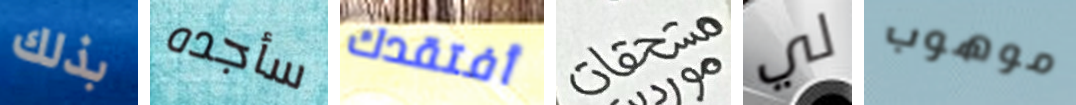
بذلك سأجده أفتقدك مستحقات لي موهوب